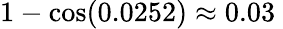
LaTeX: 1-\cos(0.0252)\approx 0.03\